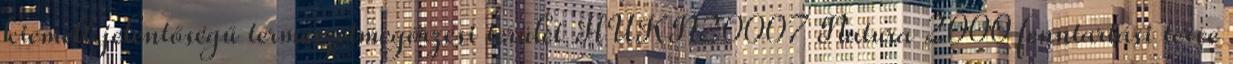
kiemelt jelentőségű természetmegőrzési terület HUKN20007 Natura 2000 fenntartási terve